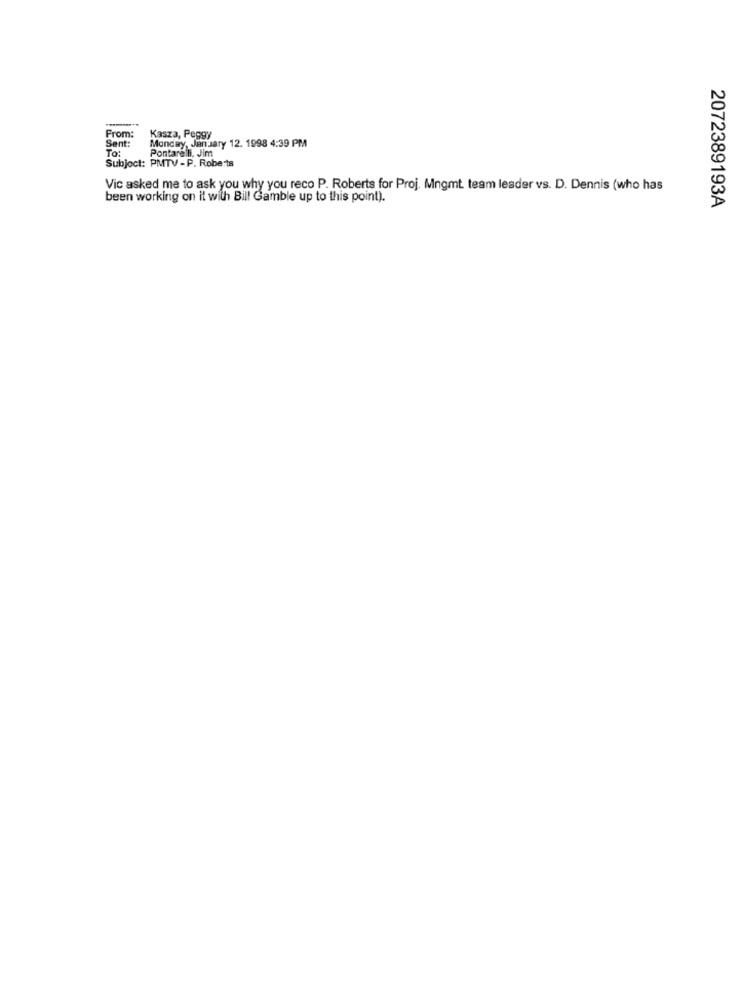
From:
Kasza, Peggy
Sent:
Monday, January 12. 1998 4:39 PM
To:
Subject: PMTV - P. Roberts
Pontarelli, Jim
Vic asked me to ask you why you reco P. Roberts for Proj. Mngmt team leader vs. D. Dennis (who has
been working on it with Bill Gamble up to this point).
2072389193A